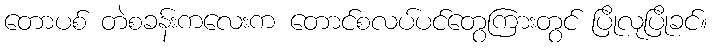
တောပစ် တဲစခန်းကလေးက တောင်စလပ်ပင်တွေကြားတွင် ပြိုလုပြိုခင်။